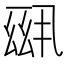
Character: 𪜆